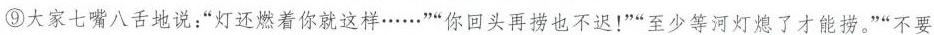
⑨大家七嘴八舌地说：“灯还燃着你就这样……”“你回头再捞也不迟!”“至少等河灯熄了才能捞。”“不要